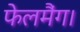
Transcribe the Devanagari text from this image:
फेलमैंग।